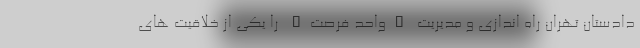
دادستان تهران راه اندازی و مدیریت "واحد فرصت" را یکی از خلاقیت های